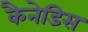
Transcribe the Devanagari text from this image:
कैनेडिस